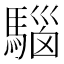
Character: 𩤘